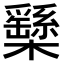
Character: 𣟾